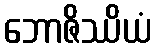
ဘောဇိဿိယံ